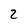
Character: 2